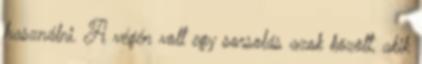
használni. A végén volt egy sorsolás azok között, akik